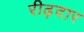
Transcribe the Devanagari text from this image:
रीढ़दार